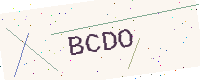
Text: BCDO